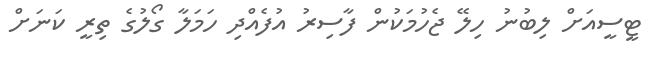
ޓީސީއަށް ލިބުނު ހިލޭ ޖެހުމަކުން ފާސިރު އުފެއްދި ހަމަލާ ގޯލުގެ ތިރީ ކަނަށް